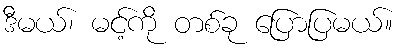
ဒီမယ်၊ မင့်ကို တစ်ခု ပြောပြမယ်။